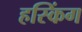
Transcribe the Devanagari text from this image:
हस्किंग